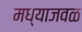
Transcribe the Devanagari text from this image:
मध्याजवळ